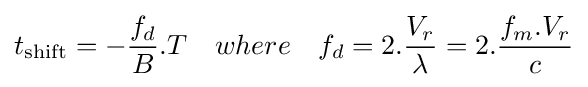
t_{\text{shift}}=-{\frac {f_{d}}{B}}.T\quad where\quad f_{d}=2.{\frac {V_{r}}{\lambda }}=2.{\frac {f_{m}.V_{r}}{c}}